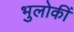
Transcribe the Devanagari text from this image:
भुलोकीं